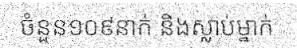
ចំនួន១០៩នាក់ និងស្លាប់ម្នាក់